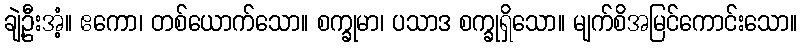
ချဲ့ဦးအံ့။ ဧကော၊ တစ်ယောက်သော။ စက္ခုမာ၊ ပသာဒ စက္ခုရှိသော။ မျက်စိအမြင်ကောင်းသော။